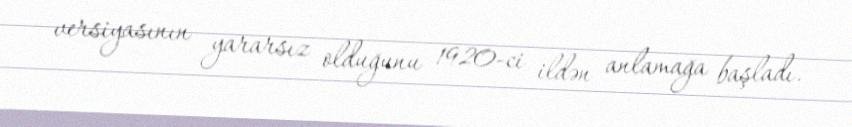
versiyasının yararsız olduğunu 1920-ci ildən anlamağa başladı.